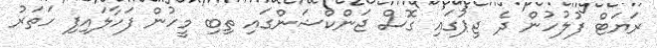
ރަޔަޓް ފުލުހުން ދެ ޖިޕުގައި ގޮސް ޖަންކްޝަންގައި ތިބި މީހުން ފަހާލައިފި ހަތަރު